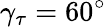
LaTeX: \gamma_{\tau}=60^{\circ}